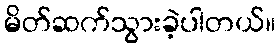
မိတ်ဆက်သွားခဲ့ပါတယ်။